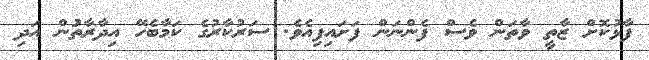
ފާޅުކޮށް ޒާތީ ވާތަން ވެސް ފެންނަން ފަށައިފިއެވެ. ސަރުކާރުގެ ކަމާބެހޭ އިދާރާތަުން އަދި